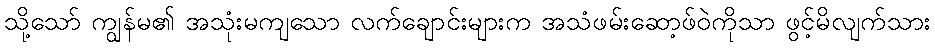
သို့သော် ကျွန်မ၏ အသုံးမကျသော လက်ချောင်းများက အသံဖမ်းဆော့ဖ်ဝဲကိုသာ ဖွင့်မိလျက်သား